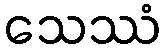
သေဿံ